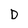
Character: D